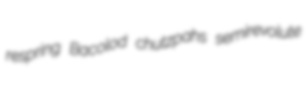
respring Bacolod chutzpahs semirevolute